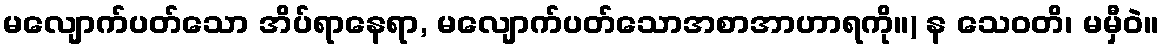
မလျောက်ပတ်သော အိပ်ရာနေရာ, မလျောက်ပတ်သောအစာအာဟာရကို။) န သေဝတိ၊ မမှီဝဲ။